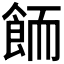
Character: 𱃦